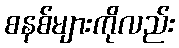
စနစ်များကိုလည်း